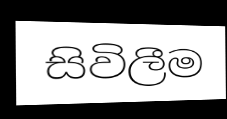
සිවිලීම